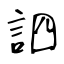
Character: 訵